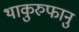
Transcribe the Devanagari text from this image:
थाकुरुफानु